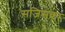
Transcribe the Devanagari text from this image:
सजिसका